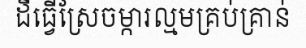
ដីធ្វើស្រែចម្ការល្មមគ្រប់គ្រាន់